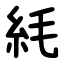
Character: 䋃